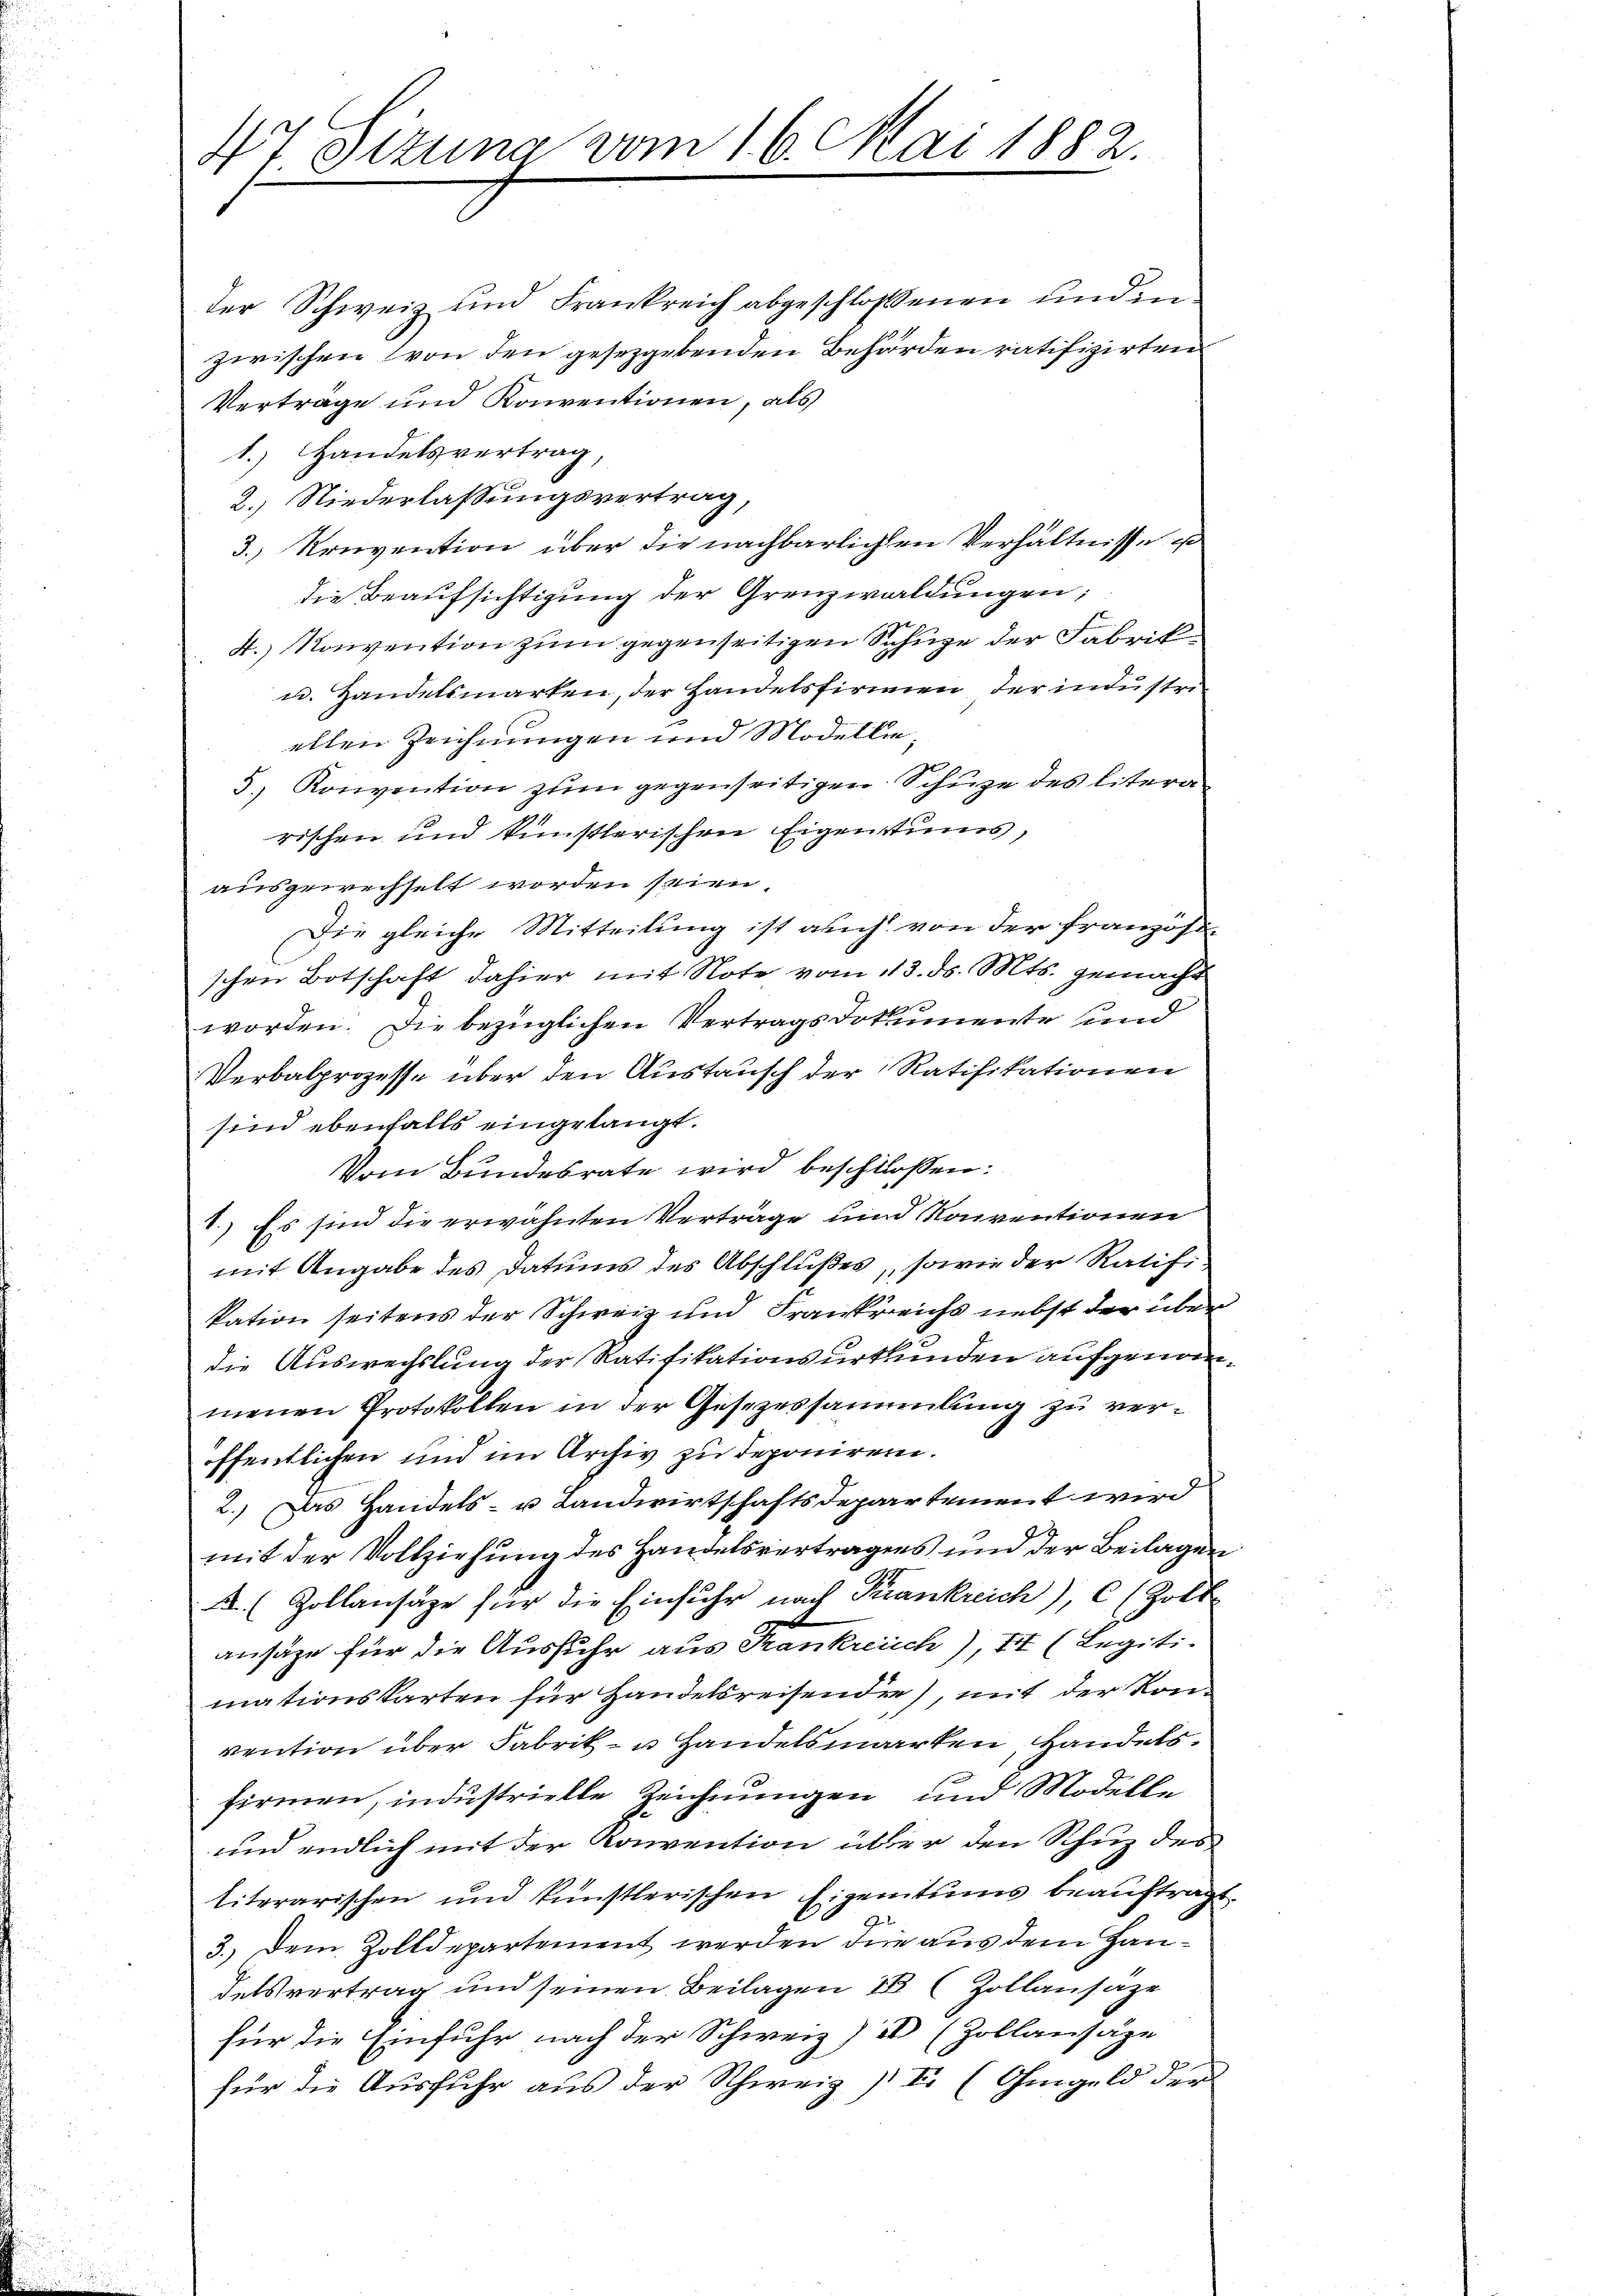
47 Sizung vom 16. Mai 1882.

der Schweiz und Frankreich abgeschlossenen und inzwischen (von den gesetzgebenden Behörden ratifizirten
Verträge und Konventionen, als
1.) Handelsvertrag
2.) Niederlassungsvertrag,
3. Konvention über die nachbarlichen Verhältnisse u
die Beaufsichtigung der Grenzwaldungen;
4.) Konvention zum gegenseitigen Schüge der Fabrik¬
u. Handelsmarken, der Handelsfirmen der industriellen Zeichnungen und Modelle¬
5.) Konvention zŭm gegenseitigen Schŭze des litera-
rischen und künstlerischen Eigentums,
ausgewechselt worden seien.
Die gleiche Mitteilung ist auch von der französischen Botschaft dahier mit Note vom 13. ds. Mts. gemacht
worden. Die bezüglichen Vertragsdokumente sind
Verbalprozesse über den Austausch der Ratifikationen
sind ebenfalls eingelangt.
Vom Bundesrate wird beschloßen:
1.) Es sind die erwähnten Verträge und Konventionen
mit Angabe des Datums des Abschlußes, sowie der Ratifikation seitens der Schweiz und Frankreichs nebst der über
die Auswechslung der Ratifikationsurkunden aufgenommenen Protokollen in der Gesezessammlung zu veröffentlichen und im Archiv zu deponiren.
2.) Das Handels- u Landwirtschaftsdepartement wird
mit der Vollziehung des Handelsvertragens und der Beilagen
A. Zollansäze für die Einfuhr nach Krankreich), C (Zolt
ansätze für die Ausfuhr aus Frankreich), II (Legiti-
mationskarten für Handelsreisende), mit der Kon-
vention über Fabrik- u. Handelsmarken, Handelsfirmen, industrielle Zeichnungen und Modelle
und endlich mit der Konvention über den Schuz des
literarischen und künstlerischen Eigentums beauftragt,
3.) Dem Zolldepartement werden die aus dem Handelsvertrag und seinen Beilagen 18 (Zollansaze
für die Einfuhr nach der Schweiz)  (Zollansäze
für die Ausfuhr aus der Schweiz) I. (Ohmgeld der

.